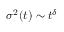
\sigma ^ { 2 } ( t ) \sim t ^ { \delta }